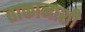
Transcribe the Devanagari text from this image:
ताकानाशी